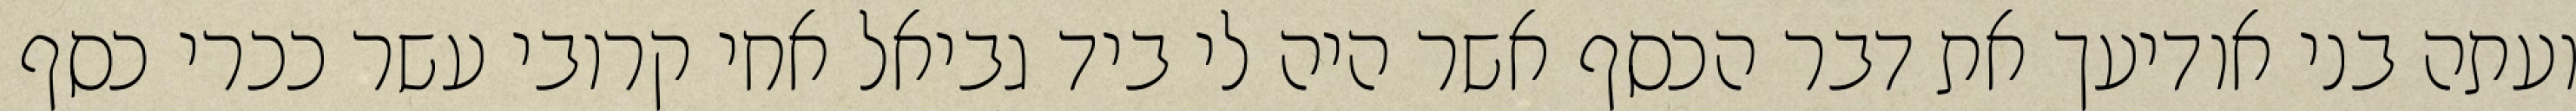
ועתה בני אודיעך את דבר הכסף אשר היה לי ביד גביאל אחי קרובי עשר ככרי כסף